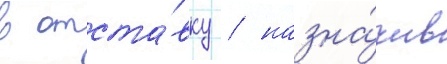
в отста́вку / назна́чив